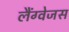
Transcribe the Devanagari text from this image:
लैंग्वेजस